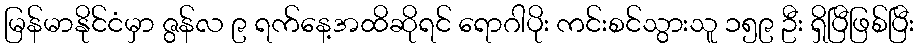
မြန်မာနိုင်ငံမှာ ဇွန်လ ၉ ရက်နေ့အထိဆိုရင် ရောဂါပိုး ကင်းစင်သွားသူ ၁၅၉ ဦး ရှိပြီဖြစ်ပြီး